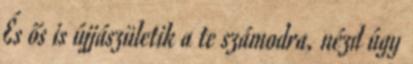
És ős is újjászületik a te számodra, nézd úgy